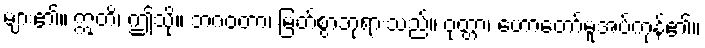
များ၏။ ဣတိ၊ ဤသို့။ ဘဂဝတာ၊ မြတ်စွာဘုရားသည်။ ဝုတ္တာ၊ ဟောတော်မူအပ်ကုန်၏။